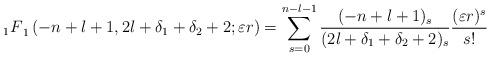
LaTeX: \begin{align*}{_1F}_1 \left(-n+l+1, 2l+\delta_1 + \delta_2 + 2 ; \varepsilon r \right) =\sum_{s=0}^{n-l-1}\frac{(-n+l+1)_s}{(2l + \delta_1 + \delta_2 + 2)_s}\frac{(\varepsilon r)^s}{s!}\end{align*}